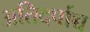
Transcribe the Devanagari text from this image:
अतिदर्पाच्च